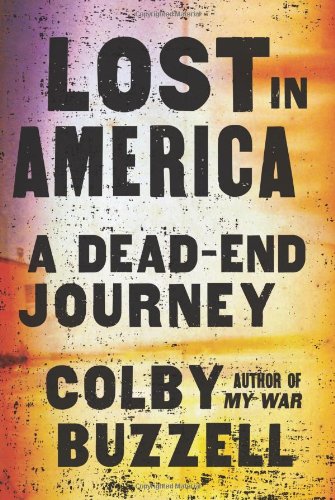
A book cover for Lost in America: A Dead-End Journey; Colby Buzzell; Travel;